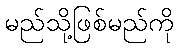
မည်သို့ဖြစ်မည်ကို